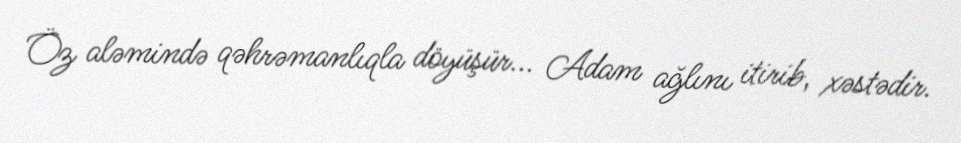
Öz aləmində qəhrəmanlıqla döyüşür... Adam ağlını itirib, xəstədir.